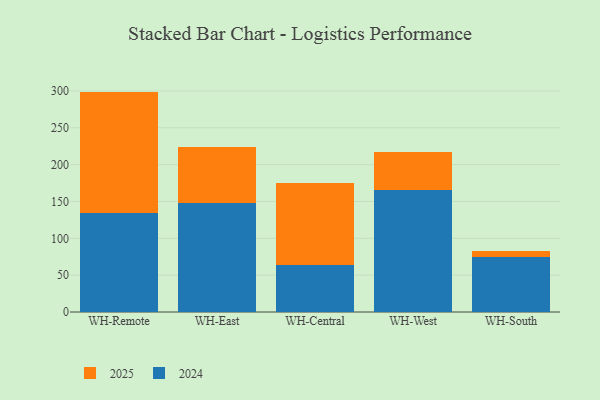
{"axis": {"x": "Warehouse", "y": "LTV (USD)"}, "legend": ["2024", "2025"], "data": [{"x": "WH-Remote", "y": 133.9, "type": "2024"}, {"x": "WH-Remote", "y": 165.2, "type": "2025"}, {"x": "WH-East", "y": 148.4, "type": "2024"}, {"x": "WH-East", "y": 76.2, "type": "2025"}, {"x": "WH-Central", "y": 63.9, "type": "2024"}, {"x": "WH-Central", "y": 110.9, "type": "2025"}, {"x": "WH-West", "y": 166.2, "type": "2024"}, {"x": "WH-West", "y": 50.5, "type": "2025"}, {"x": "WH-South", "y": 74.2, "type": "2024"}, {"x": "WH-South", "y": 8.6, "type": "2025"}]}